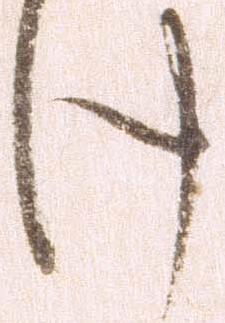
け